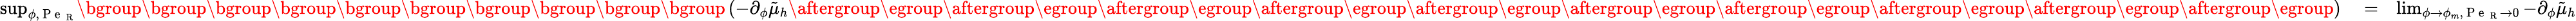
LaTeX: \begin{array}{rlr}{\operatorname*{sup}_{\phi,\mathrm{~P~e~}_{\mathrm{~R~}}}\mathopen{}\mathclose\bgroup\mathopen{}\mathclose\bgroup\mathopen{}\mathclose\bgroup\mathopen{}\mathclose\bgroup\mathopen{}\mathclose\bgroup\mathopen{}\mathclose\bgroup\mathopen{}\mathclose\bgroup\mathopen{}\mathclose\bgroup\mathopen{}\mathclose\bgroup\mathopen{}\mathclose\bgroup\left({-\partial_{\phi}\tilde{\mu}_{h}}\aftergroup\egroup\aftergroup\egroup\aftergroup\egroup\aftergroup\egroup\aftergroup\egroup\aftergroup\egroup\aftergroup\egroup\aftergroup\egroup\aftergroup\egroup\aftergroup\egroup\right)}&{{}=}&{\operatorname*{lim}_{\phi\to\phi_{m},\mathrm{~P~e~}_{\mathrm{~R~}}\to 0}{-\partial_{\phi}\tilde{\mu}_{h}}}\end{array}